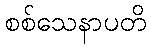
စစ်သေနာပတိ